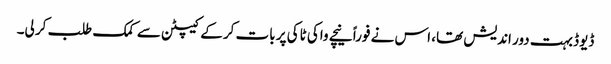
ڈیوڈ بہت دور اندیش تھا، اس نے فوراً نیچے واکی ٹاکی پر بات کر کے کیپٹن سے کمک طلب کر لی۔